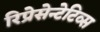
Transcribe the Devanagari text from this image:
रिप्रेसेन्टेटिव्स